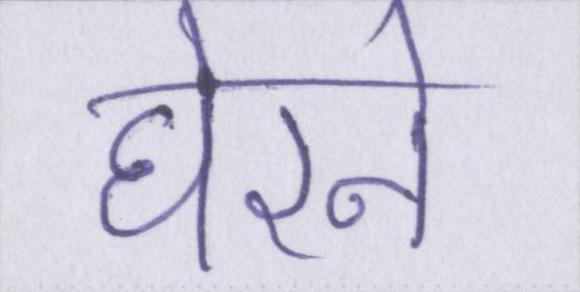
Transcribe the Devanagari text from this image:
घेरने